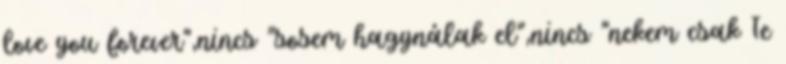
love you forever",nincs "sosem hagynálak el",nincs "nekem csak Te